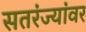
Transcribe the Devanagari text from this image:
सतरंज्यांवर